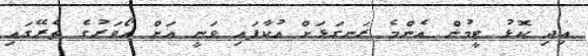
އިދި ކޮޅު ޓީމުން އެންމެ ރަނގަޅަށް އުކާފައި ވަނީ އަށް އޯވަރުގެ ތެރޭގައި